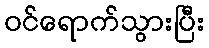
ဝင်ရောက်သွားပြီး